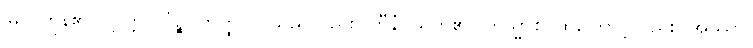
မြတ်ကုန်၏။ ဣတ္ထိလိင်္ဂဉ္စ၊ ဣတ္ထိလိင်သည်လည်း။ ဟီနံ၊ ယုတ်၏။ တသ္မာစ၊ ထိုကြောင့်လည်း။ အဿာ၊